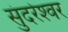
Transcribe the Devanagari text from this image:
सुंदरेश्‍वर